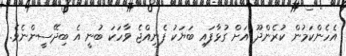
އެހެންކަމުން ކުރެންދޫ އަށް ގުޅާފައި ބަޔަކު ފެނިއްޖެ ވާހަކަ ބުނީ އެ ބިދޭސީންނެވެ.